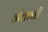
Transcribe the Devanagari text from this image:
अंताची